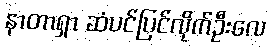
နာတာရှာ ဆံပင်ပြင်လိုက်ဦးလေ